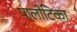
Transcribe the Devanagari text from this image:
पालीटिका